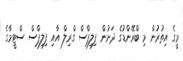
މީގެ އިތުރުން މި ބްރޭންޑުގެ ދަށުން ފިލިޕްސް ގްރިލް އާއި ފިލިޕްސް ސްޓީމާގެ